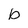
Character: b